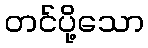
တင်ပို့သော